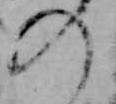
の